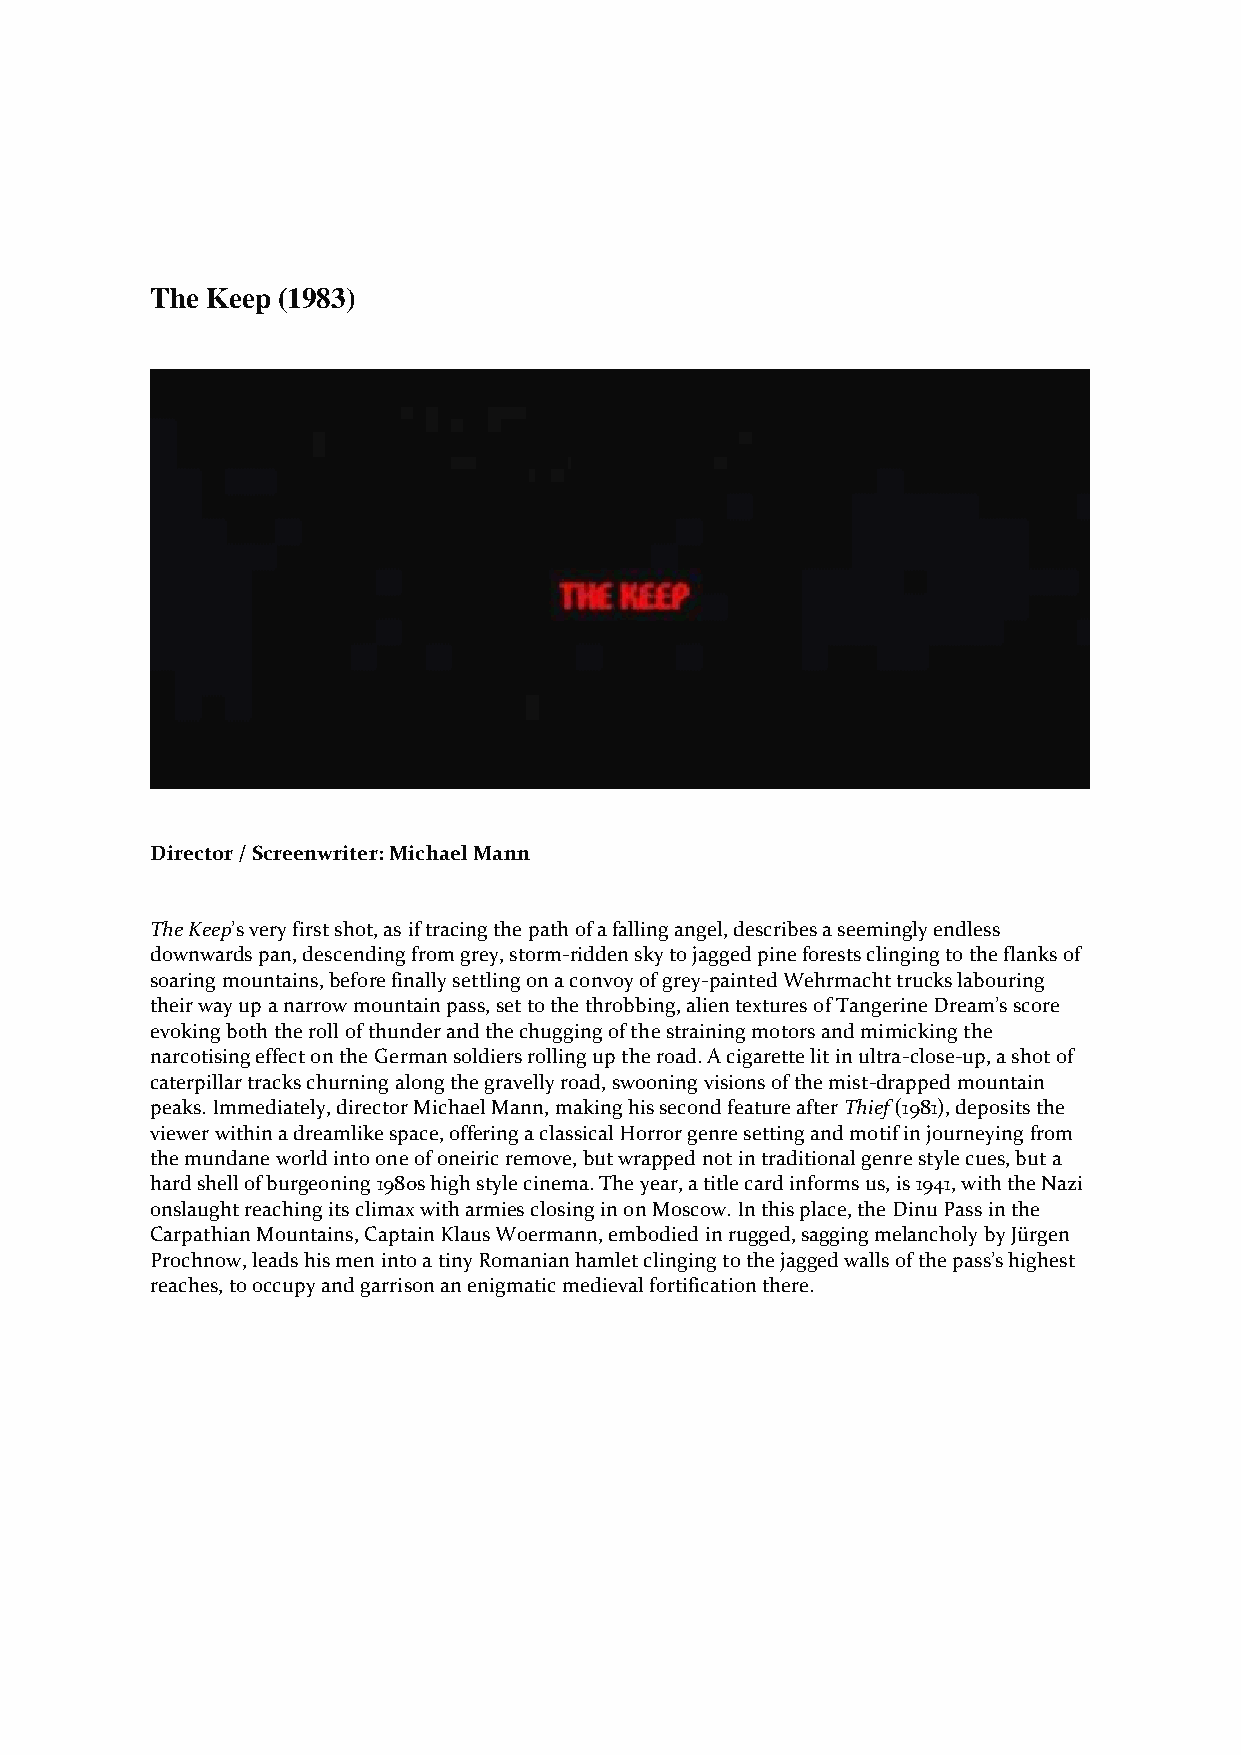
The Keep (1983)
 Director / Screenwriter: Michael Mann
 The Keep’s very first shot, as if tracing the path of a falling angel, describes a seemingly endless
 downwards pan, descending from grey, storm-ridden sky to jagged pine forests clinging to the flanks of
 soaring mountains, before finally settling on a convoy of grey-painted Wehrmacht trucks labouring
 their way up a narrow mountain pass, set to the throbbing, alien textures of Tangerine Dream’s score
 evoking both the roll of thunder and the chugging of the straining motors and mimicking the
 narcotising effect on the German soldiers rolling up the road. A cigarette lit in ultra-close-up, a shot of
 caterpillar tracks churning along the gravelly road, swooning visions of the mist-drapped mountain
 peaks. Immediately, director Michael Mann, making his second feature after Thief (1981), deposits the
 viewer within a dreamlike space, offering a classical Horror genre setting and motif in journeying from
 the mundane world into one of oneiric remove, but wrapped not in traditional genre style cues, but a
 hard shell of burgeoning 1980s high style cinema. The year, a title card informs us, is 1941, with the Nazi
 onslaught reaching its climax with armies closing in on Moscow. In this place, the Dinu Pass in the
 Carpathian Mountains, Captain Klaus Woermann, embodied in rugged, sagging melancholy by Jürgen
 Prochnow, leads his men into a tiny Romanian hamlet clinging to the jagged walls of the pass’s highest
 reaches, to occupy and garrison an enigmatic medieval fortification there.